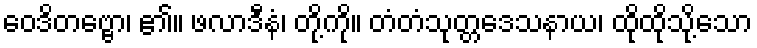
ဝေဒိတဗ္ဗော၊ ၏။ ဖလာဒီနံ၊ တို့ကို။ တံတံသုတ္တဒေသနာယ၊ ထိုထိုသို့သော